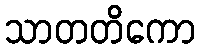
သာတတိကော